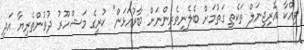
ވިއްކާ އޮރިޖިނަލް ތަކެތި ގަތުމަށް ބެލެނިވެރިންނަށް ބާރުއަޅަން" ކުރީގެ މަޝްހޫރު ދުވުންތެރިޔާ އަދި